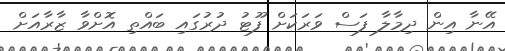
އޭނާ އިން ދިމާލާ ފަސް ވަރަކަށް ފޫޓު ދުރުގައި ބައްތި އޮށްވާ ޒާރާއަށް